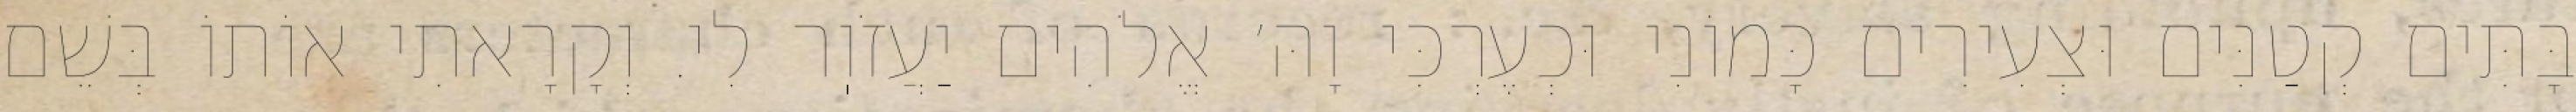
בָּתִּים קְטַנִּים וּצְעִירִים כָּמוֹנִי וּכְעֶרְכִּי וָהּ׳ אֱלֹהִים יַעֲזֹוֽר לִי. וְקָרָאתִי אוֹתוֹ בְּשֵׁם